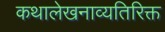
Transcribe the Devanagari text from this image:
कथालेखनाव्यतिरिक्त